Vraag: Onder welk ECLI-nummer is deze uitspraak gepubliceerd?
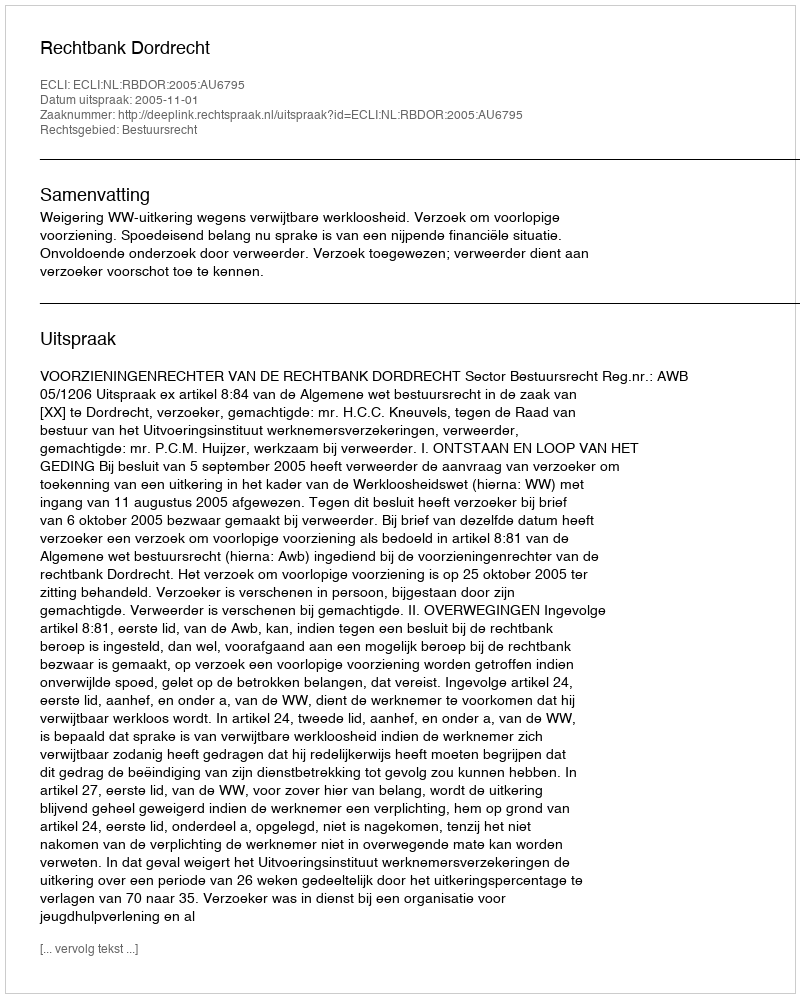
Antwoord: ECLI:NL:RBDOR:2005:AU6795